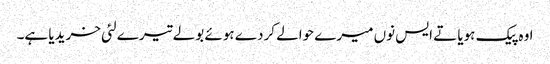
اوہ پیک ہویا تے ایس نوں میرے حوالے کردے ہوئے بولے تیرے لئی خریدیا ہے۔